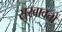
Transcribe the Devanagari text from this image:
सुखावतो